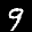
Label: 9